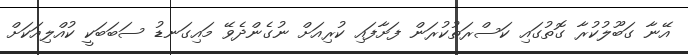
އޭނާ ގަބޫލުކުރާ ގޮތުގައި ކަސްރަތުކުރަން ފަށާފައި ކުރިއަށް ނުގެންދެވޭ މައިގަނޑު ސަބަބަކީ ކުއްލިއަކަށް